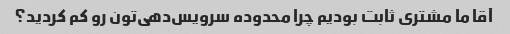
آقا ما مشتری ثابت بودیم چرا محدوده سرویس‌دهی‌تون رو کم کردید؟